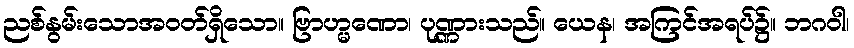
ညစ်နွမ်းသောအဝတ်ရှိသော။ ဗြာဟ္မဏော၊ ပုဏ္ဏားသည်။ ယေန၊ အကြင်အရပ်၌။ ဘဂဝါ၊